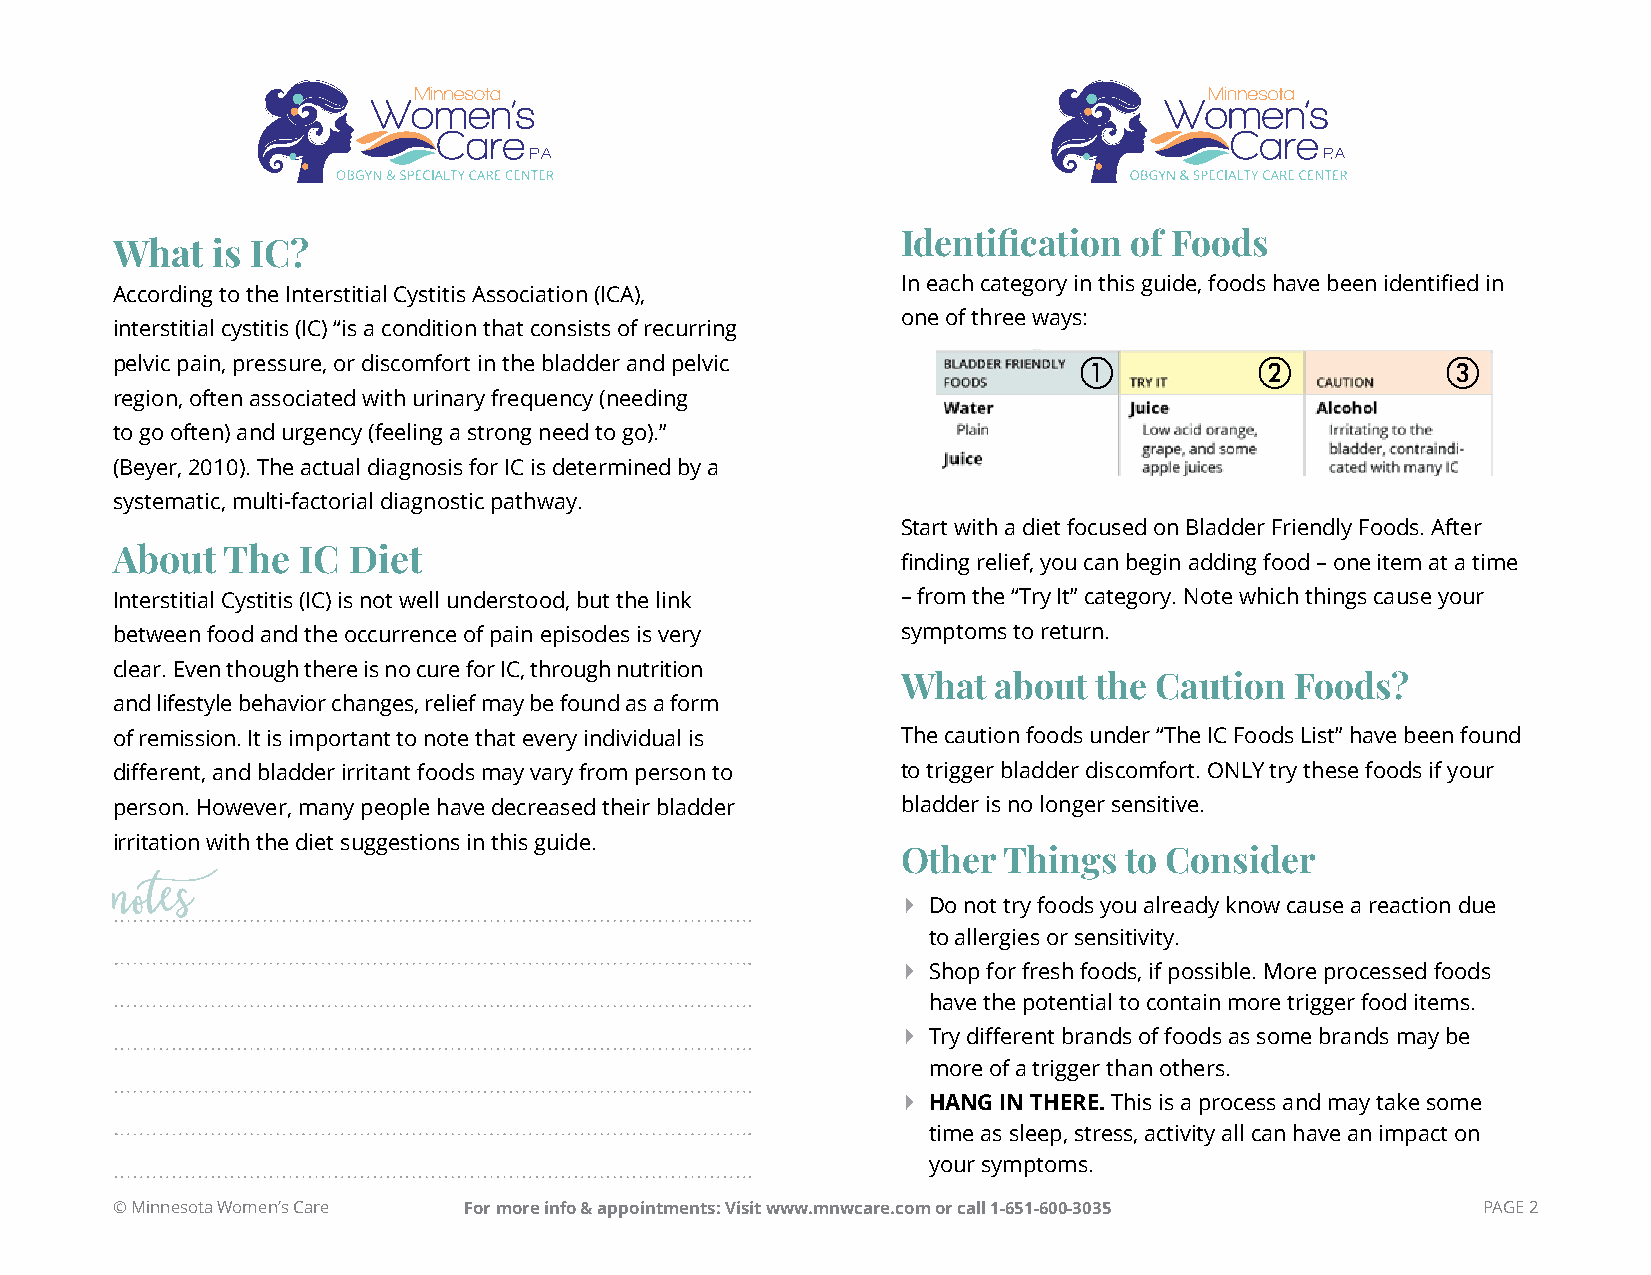
Identification of Foods
 What   is IC?
 In each category in this guide, foods have been identified in
 According to the Interstitial Cystitis Association (ICA),
 one of three ways:
 interstitial cystitis (IC) “is a condition that consists of recurring
 pelvic pain, pressure, or discomfort in the bladder and pelvic                         
 region, often associated with urinary frequency (needing
 to go often) and urgency (feeling a strong need to go).”
 (Beyer, 2010). The actual diagnosis for IC is determined by a
 systematic, multi-factorial diagnostic pathway.
 Start with a diet focused on Bladder Friendly Foods. After
 About   The  IC Diet
 finding relief, you can begin adding food – one item at a time
 Interstitial Cystitis (IC) is not well understood, but the link – from the “Try It” category. Note which things cause your
 between food and the occurrence of pain episodes is very symptoms to return.
 clear. Even though there is no cure for IC, through nutrition
 What  about the Caution   Foods?
 and lifestyle behavior changes, relief may be found as a form
 of remission. It is important to note that every individual is The caution foods under “The IC Foods List” have been found
 different, and bladder irritant foods may vary from person to to trigger bladder discomfort. ONLY try these foods if your
 person. However, many people have decreased their bladder bladder is no longer sensitive.
 irritation with the diet suggestions in this guide.
 Other Things  to Consider
 ` Do not try foods you already know cause a reaction due
 notes
 to allergies or sensitivity.
 ` Shop for fresh foods, if possible. More processed foods
 have the potential to contain more trigger food items.
 ` Try different brands of foods as some brands may be
 more of a trigger than others.
 ` HANG IN THERE. This is a process and may take some
 time as sleep, stress, activity all can have an impact on
 your symptoms.
 © Minnesota Women’s Care For more info & appointments: Visit www.mnwcare.com or call 1-651-600-3035 PAGE 2